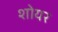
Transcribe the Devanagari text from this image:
शोयर